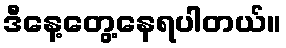
ဒီနေ့တွေ့နေရပါတယ်။